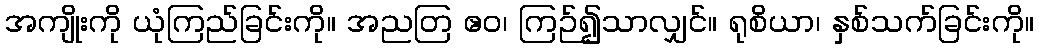
အကျိုးကို ယုံကြည်ခြင်းကို။ အညတြ ဧဝ၊ ကြဉ်၍သာလျှင်။ ရုစိယာ၊ နှစ်သက်ခြင်းကို။